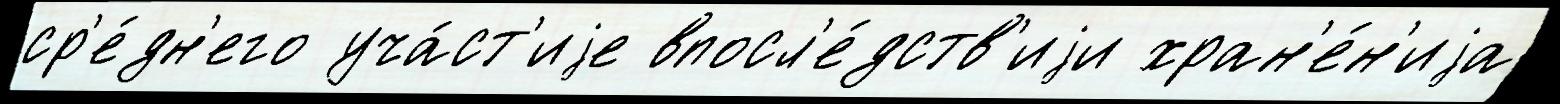
ср'е́дн'его уча́ст'иjе впосл'е́дств'иjи хран'е́н'иjа